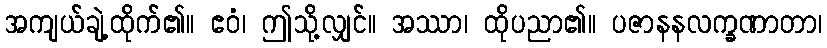
အကျယ်ချဲ့ထိုက်၏။ ဧဝံ၊ ဤသို့လျှင်။ အဿာ၊ ထိုပညာ၏။ ပဇာနနလက္ခဏာတာ၊